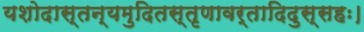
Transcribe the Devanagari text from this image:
यशोदास्तन्यमुदितस्तृणावर्तादिदुस्सहः।